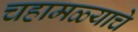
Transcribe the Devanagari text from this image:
चहामळ्याचे